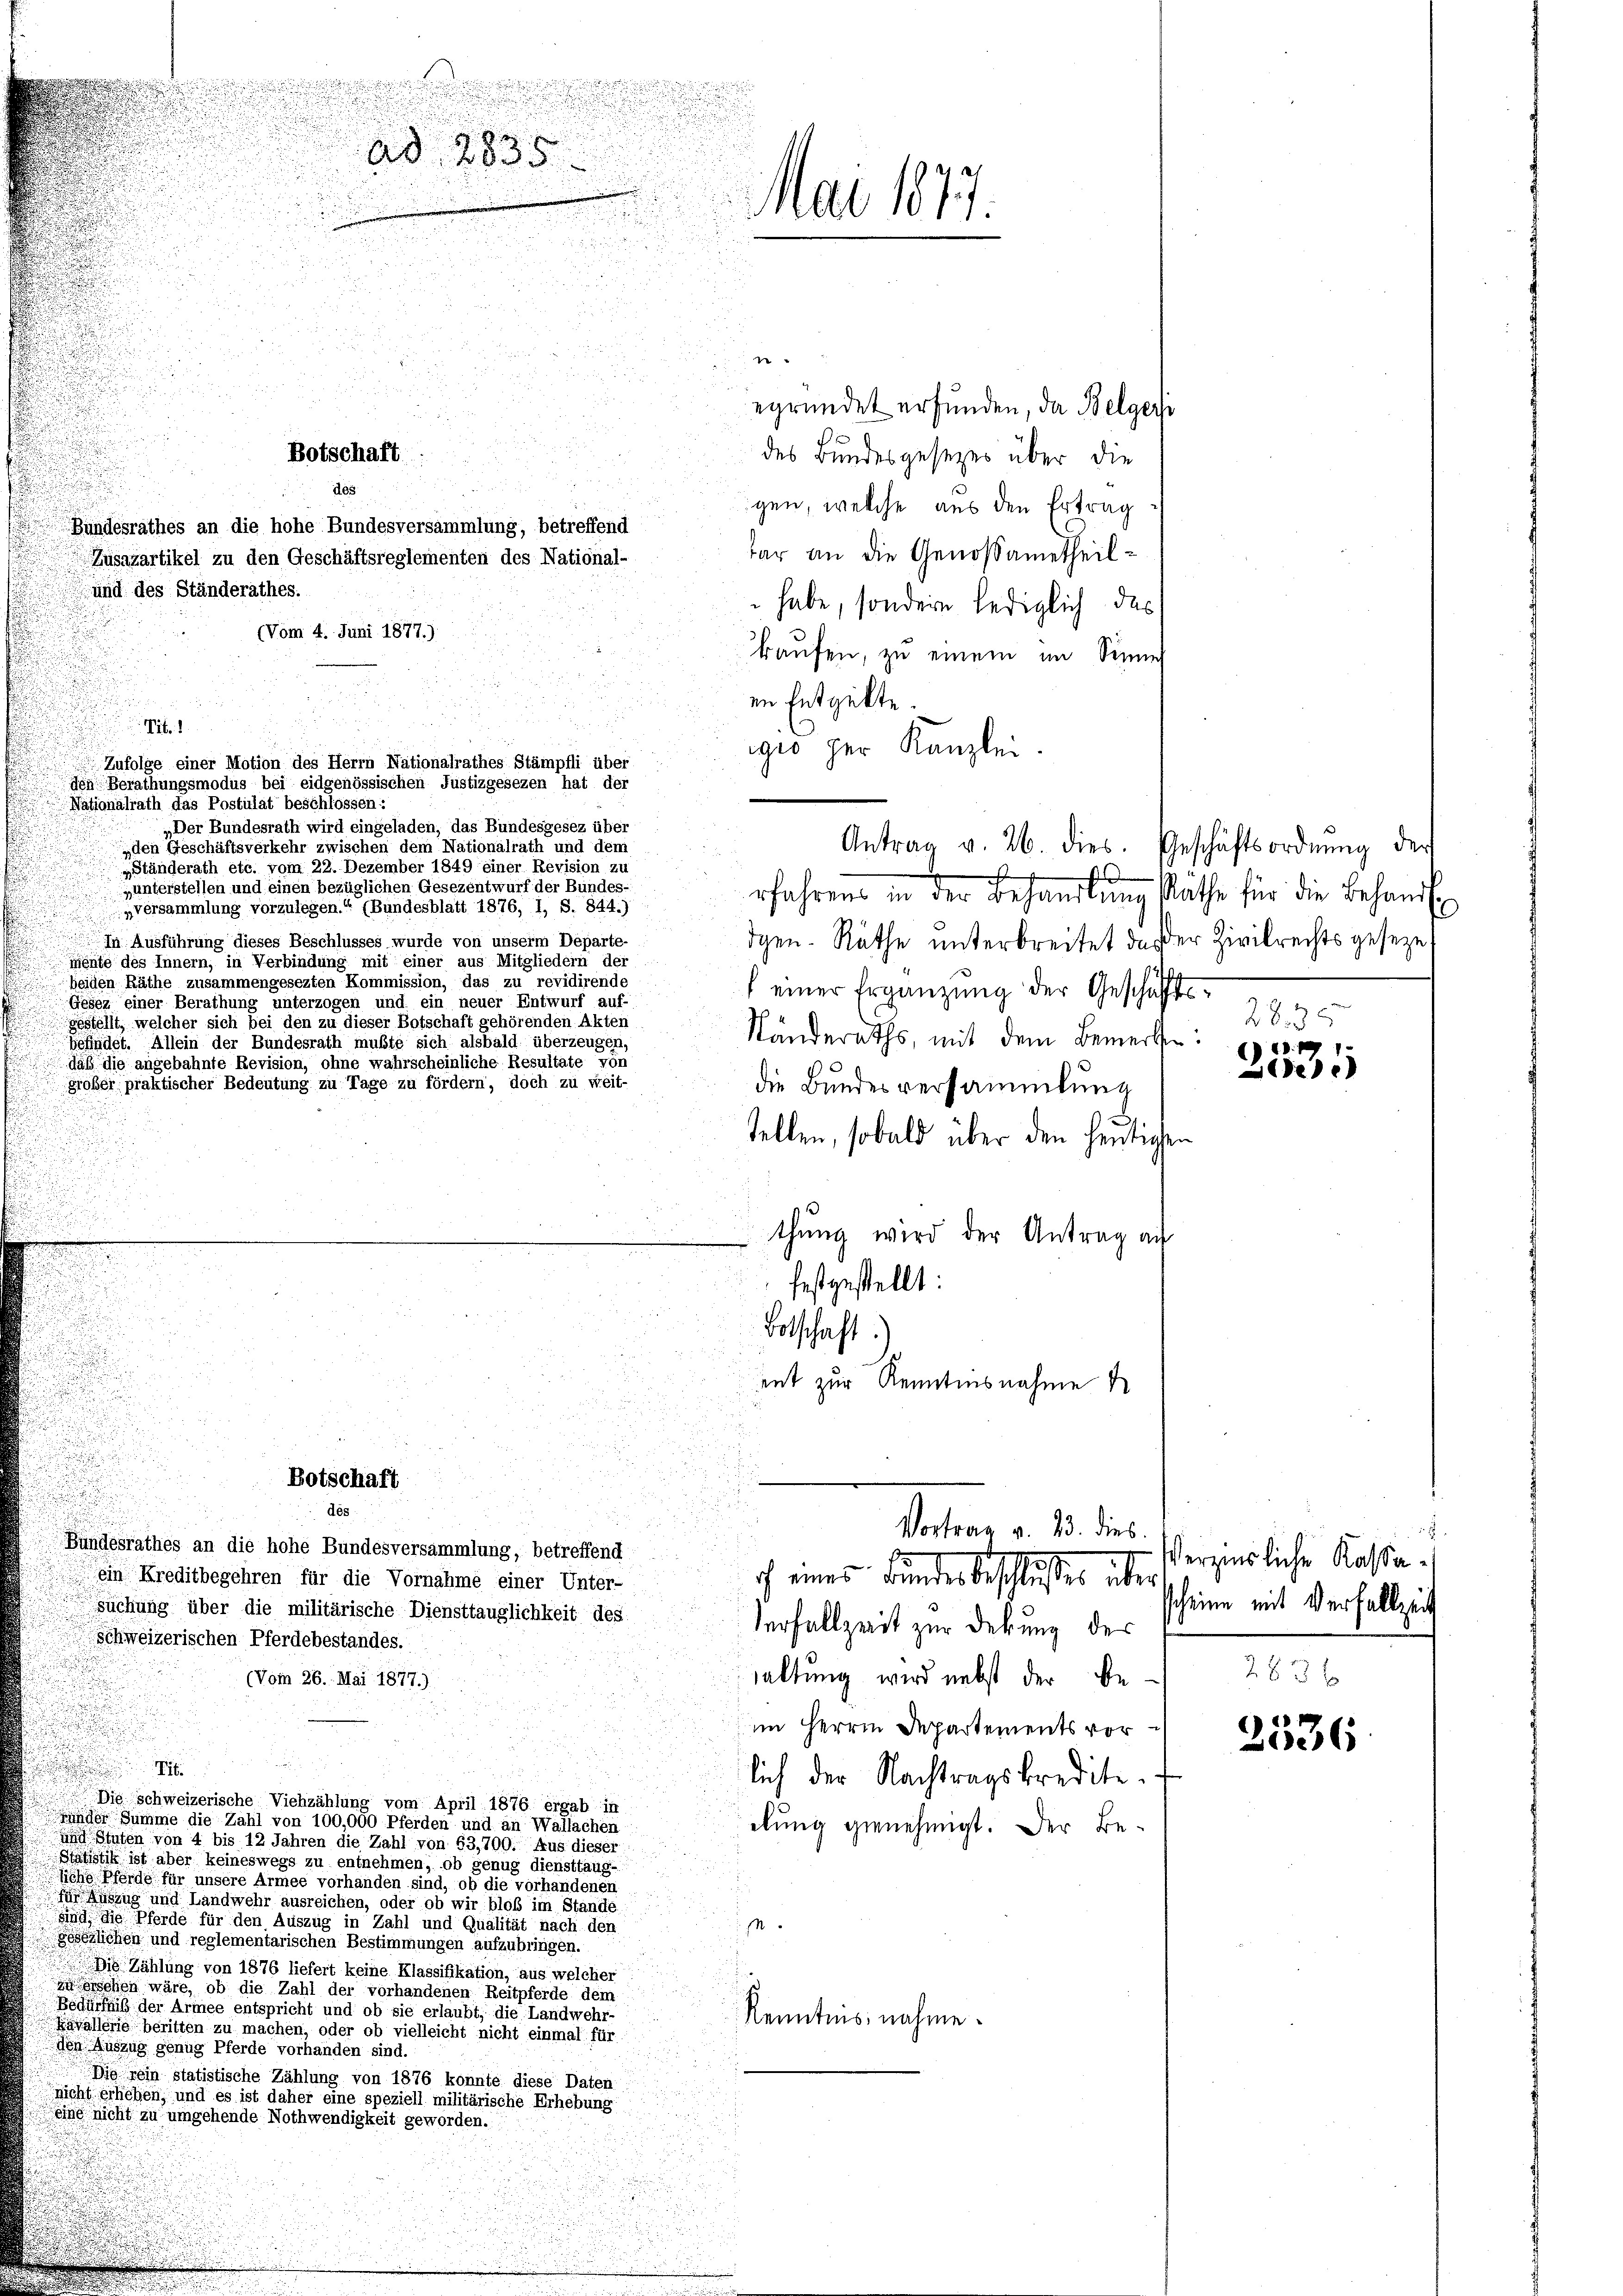
e
egründet erfunden, da Belgeri
des Bundesgesetzes über die
gen, welche aus den Ertrag
tar an die Genossametheilhabe, sondern lediglich das
kaufen, zu einem im Sinnig
en Entgelte
Febr. 1
gio zur Kanzlei.
Zufolge einer Motion des Herrn Nationalrathes Stämpfli über
den Berathungsmodus bei eidgenössischen Justizgesezen hat der
Nationalrath das Postulat beschlossen:
„Der Bundesrath wird eingeladen, das Bundesgesez über
Antrag v. 26. dies. Geschäftsordnŭng der
„den Geschäftsverkehr zwischen dem Nationalrath und dem
„Ständerath etc. vom 22. Dezember 1849 einer Revision zu
„unterstellen und einen bezüglichen Gesezentwurf der Bundes-
rfahrens in der Behandlŭng Rathe für die Behandl
„versammlung vorzulegen.“ (Bundesblatt 1876, I, S. 844.)
In Ausführung dieses Beschlusses wurde von unserm Departe-
dgen. Räthe unterbreitet, daß der Zivilrechtsgeseze
mente des Innern, in Verbindung mit einer aus Mitgliedern der
beiden Räthe zusammengesezten Kommission, das zu revidirende
f einer Ergänzung der Geschäfts¬
Gesez einer Berathung unterzogen und ein neuer Entwurf auf-
gestellt, welcher sich bei den zu dieser Botschaft gehörenden Akten
Ständeraths, mit dem Bemerken
befindet. Allein der Bundesrath mußte sich alsbald überzeugen,
daß die angebahnte Revision, ohne wahrscheinliche Resultate von
grober praktischer Bedeutung zu Tage zu fördern, doch zu weit-
die Bundesversammlung
stellen, sobald über den heutigen

i
.
u

Ad 2835
.
wirt 100
.

Bundesrathes an die hohe Bundesversammlung, betreffend
Zusatartikel zu den Geschäftsreglementen des National-
und des Ständerathes.
(Vom 4. Juni 1877.).

T

des:

Botschaft
des

Botschaft

Die Schweizerische Viehzählung vom April 1876 ergab in
nder Summe die Zahl von 100,000 Pferden und an Wallachen

thung wird der Antrag au
festgestellt:
Botschaft.
ent zur Kenntnisnahme

Vortrag v. 23. dies
ch eines Bunden beschluße aber

Bundesrathes an die hohe Bundesversammlung, betreffend
ein Kreditbegehren für die Vornahme einer Unter-
suchung über die militärische Diensttauglichkeit des
Verfallzeit zur Debung des
Schweizerischen Pferdebestandes.
haltung wird nebst der Be¬
(Vom 26. Mai 1877.)
im Herrn Departements vorlich der Nachtragskredite.
elung genehmigt. Der Be¬
und Stuten von 4 bis 12 Jahren die Zahl von 53,700. Aus dieser
Statistik ist aber keineswegs zu entnehmen, ob genug diensttaug-
liche Pferde für unsere Armee vorhanden sind, ob die vorhandenen
für Auszug und Landwehr ausreichen, oder ob wir bloß im Stande
sind, die Pferde für den Auszug in Zahl und Qualität nach den
s
gesezlichen und reglementarischen Bestimmungen aufzubringen.
i Zählung von 1876 liefert keine Klassifikation, aus welcher
zischen wäre, ob die Zahl der vorhandenen Reitpferde dem
Bedürfniß der Armee entspricht und ob sie erlaubt, die Landwehr-
Kenntnis nahme.
kavallerie beritten zu machen, oder ob vielleicht nicht einmal für
den Auszug genug Pferde vorhanden sind.
Wig rein statistische Zählung von 1876 konnte diese Daten
nicht erliehen, und es ist daher eine speziell militärische Erhebung
eine nicht zu umgehende Nothwendigkeit geworden.

285

1
de

verzierliche Kassascheine mit Verfallzeit
263 x

2536